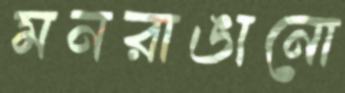
মনরাঙানো